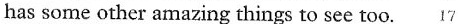
has some other amazing things to see too. 17